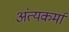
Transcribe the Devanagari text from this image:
अंत्यकर्मा